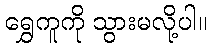
ရွှေကူကို သွားမလို့ပါ။